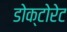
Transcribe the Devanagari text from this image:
डोक्टोरेट